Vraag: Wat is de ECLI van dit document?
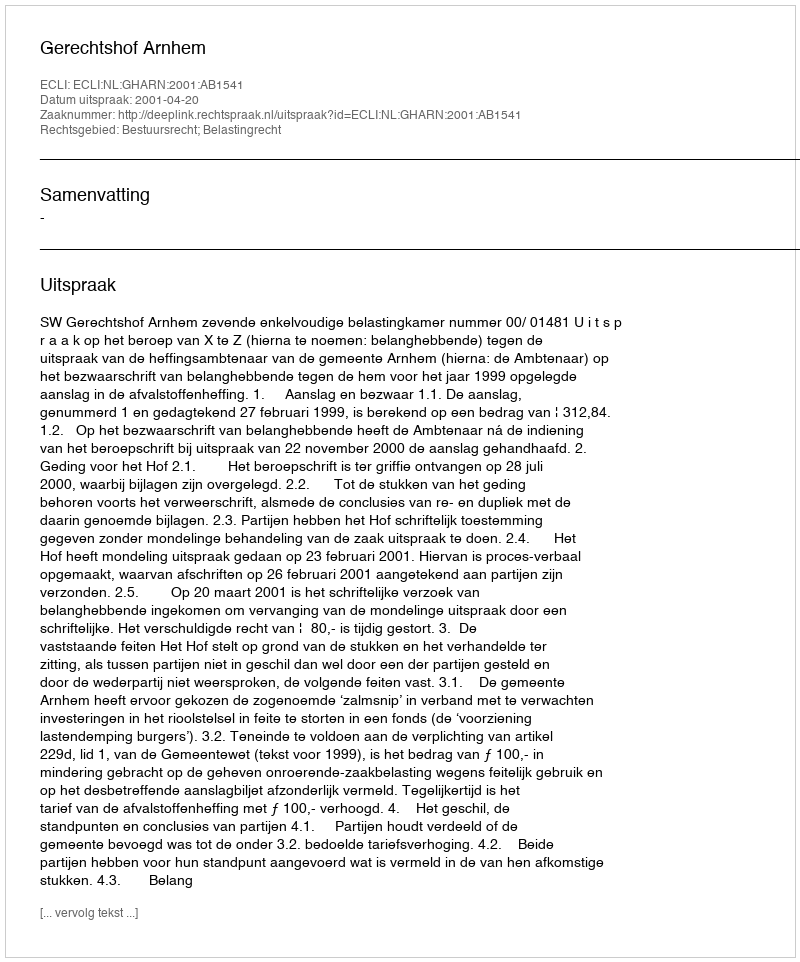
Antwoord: ECLI:NL:GHARN:2001:AB1541